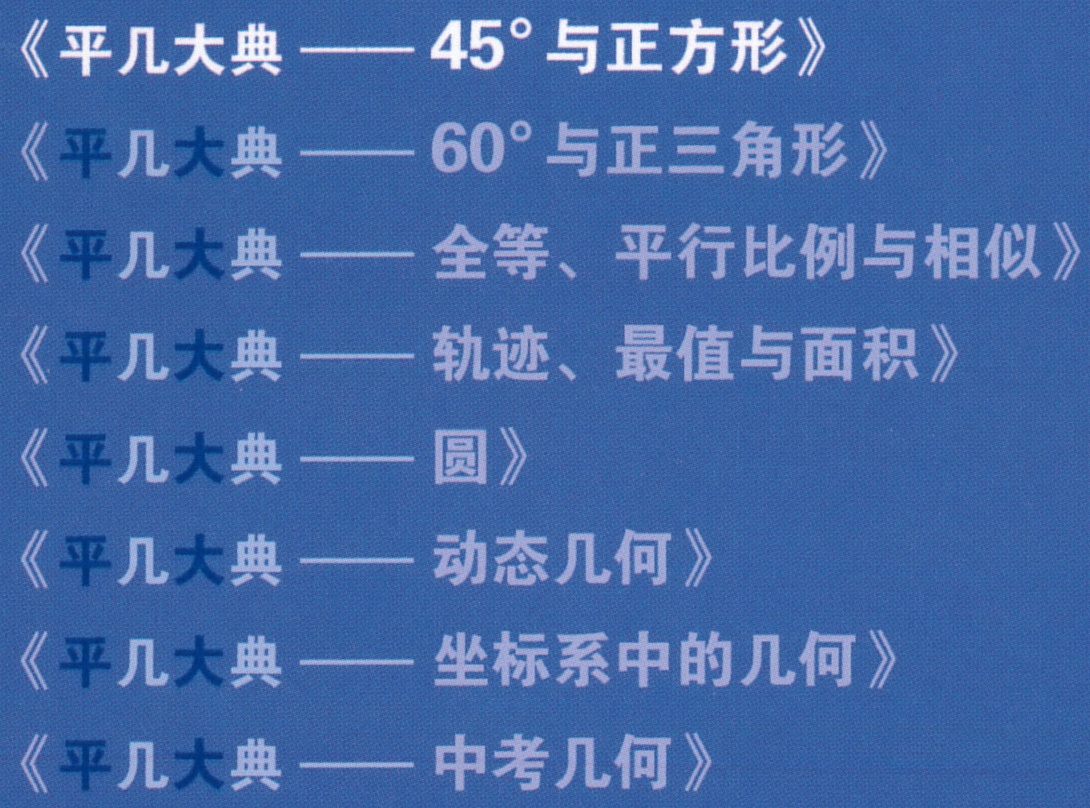
《平几大典 —— \(45^{\circ}\)与正方形》
《平几大典 —— \(60^{\circ}\)与正三角形》
《平几大典 —— 全等、平行比例与相似》
《平几大典 —— 轨迹、最值与面积》
《平几大典 —— 圆》
《平几大典 —— 动态几何》
《平几大典 —— 坐标系中的几何》
《平几大典 —— 中考几何》